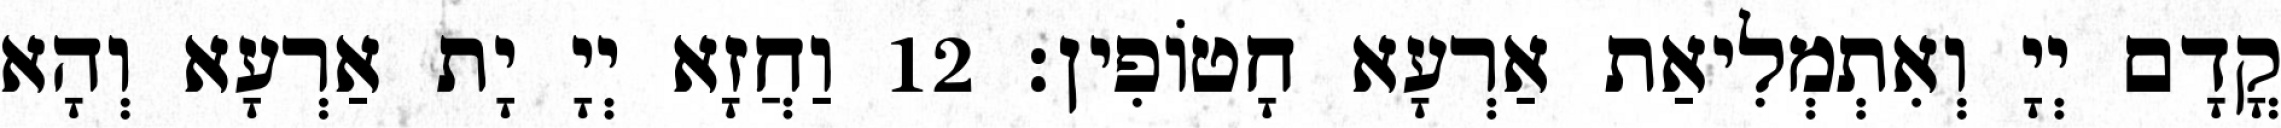
קֳדָם יְיָ וְאִתְמְלִיאַת אַרְעָא חָטוֹפִין׃ 12 וַחֲזָא יְיָ יָת אַרְעָא וְהָא